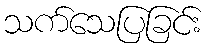
သက်သေပြခြင်း